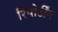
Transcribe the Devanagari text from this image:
रिपोर्टींग